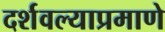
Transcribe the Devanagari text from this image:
दर्शवल्याप्रमाणे